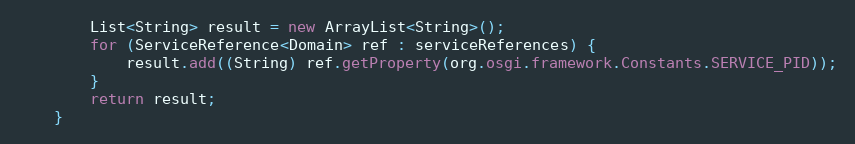
Language: Java
        List<String> result = new ArrayList<String>();
        for (ServiceReference<Domain> ref : serviceReferences) {
            result.add((String) ref.getProperty(org.osgi.framework.Constants.SERVICE_PID));
        }
        return result;
    }